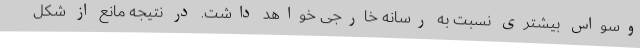
وسواس بیشتری نسبت به رسانه خارجی خواهد داشت. در نتیجه مانع از شکل